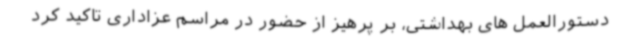
دستورالعمل های بهداشتی، بر پرهیز از حضور در مراسم عزاداری تاکید کرد